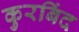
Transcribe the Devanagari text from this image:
कुरबिंद